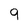
Character: g